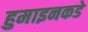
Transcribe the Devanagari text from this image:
हुमाइनकडे